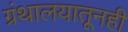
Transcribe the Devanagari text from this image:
ग्रंथालयातूनही